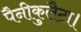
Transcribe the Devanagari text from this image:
पैनीकुलैटा।